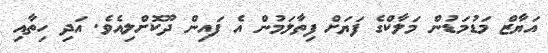
އަޔާޒް މަޑުމަޑުން މަލާކްގެ ފަޔަށް ފިތާލަމުން އެ ފައިން ދޫކޮށްލިއެވެ. އަދި ހިތާއި